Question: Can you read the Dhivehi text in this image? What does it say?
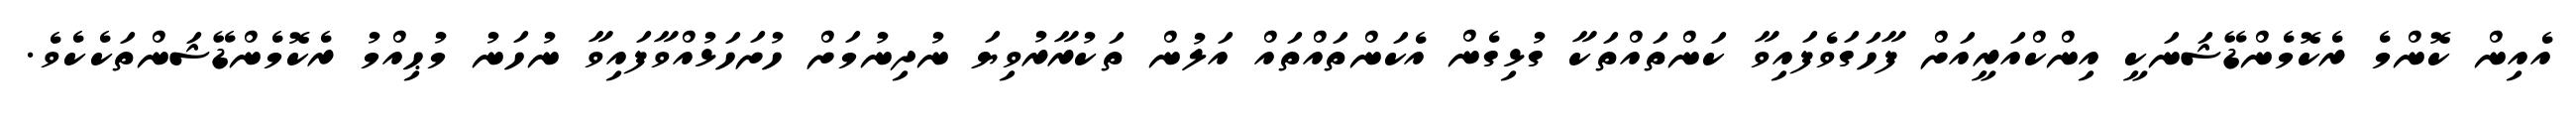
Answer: އެއިން ކޮންމެ ރެކޮމެންޑޭޝަނަކީ އިންކްއަރީއަށް ފާހަގަވެފައިވާ ކަންތައްތަކާ ގުޅިގެން އެކަންތައްތައް އަލުން ތަކުރާރުވިޔަ ނުދިނުމަށް ހުށަހަޅުއްވާފައިވާ ނުހަނު މުޙިއްމު ރެކޮމެންޑޭޝަންތަކެކެވެ.